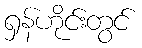
ရှန်ဟိုင်းတွင်